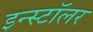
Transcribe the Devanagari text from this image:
इन्स्टॉलर